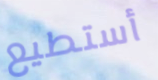
أستطيع